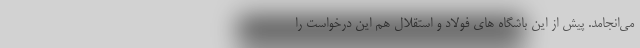
می‌انجامد. پیش از این باشگاه های فولاد و استقلال هم این درخواست را